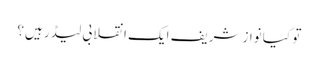
تو کیا نوازشریف ایک انقلابی لیڈر ہیں؟